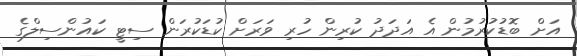
އަށް ބޮޑުކުރުމުން އެ އަދަދު ކުރިން ހުރި ވަރަށް ކުޑަކުރަން ސިޓީ ކައުންސިލްގެ